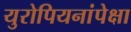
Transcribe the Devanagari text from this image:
युरोपियनांपेक्षा